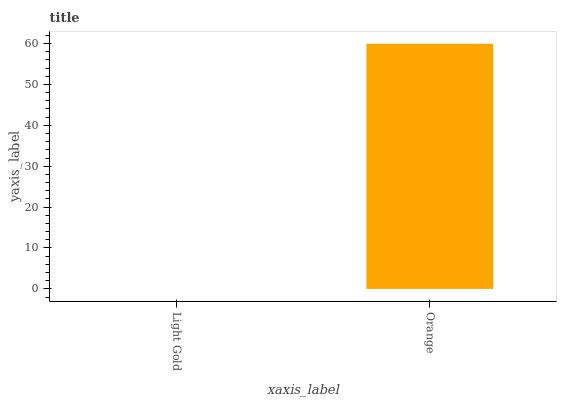
| xaxis_label | bars |
 | --- | --- |
 | Light Gold | 0 |
 | Orange | 59.9 |